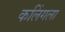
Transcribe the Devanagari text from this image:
कलिंगला